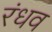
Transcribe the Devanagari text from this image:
रंधव